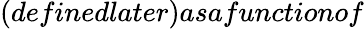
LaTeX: (definedlater)asafunctionof